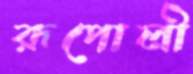
রূপোলী